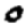
Digit: 0